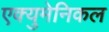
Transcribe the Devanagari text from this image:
एक्युमेनिकल